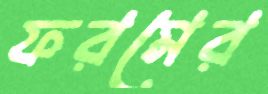
ফরমের